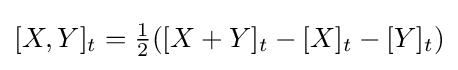
[X,Y]_{t}={\tfrac {1}{2}}([X+Y]_{t}-[X]_{t}-[Y]_{t})